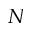
N